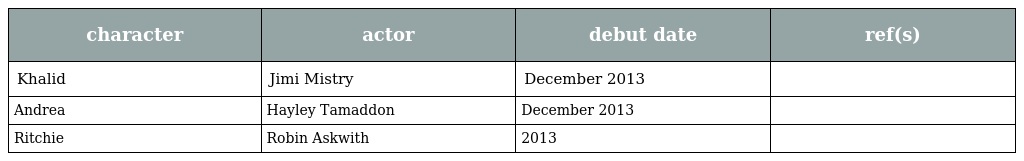
| character | actor | debut date | ref(s) |
 | --- | --- | --- | --- |
 | Khalid | Jimi Mistry | December 2013 |  |
 | Andrea | Hayley Tamaddon | December 2013 |  |
 | Ritchie | Robin Askwith | 2013 |  |